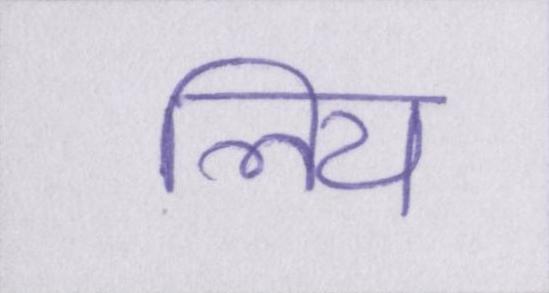
लिय